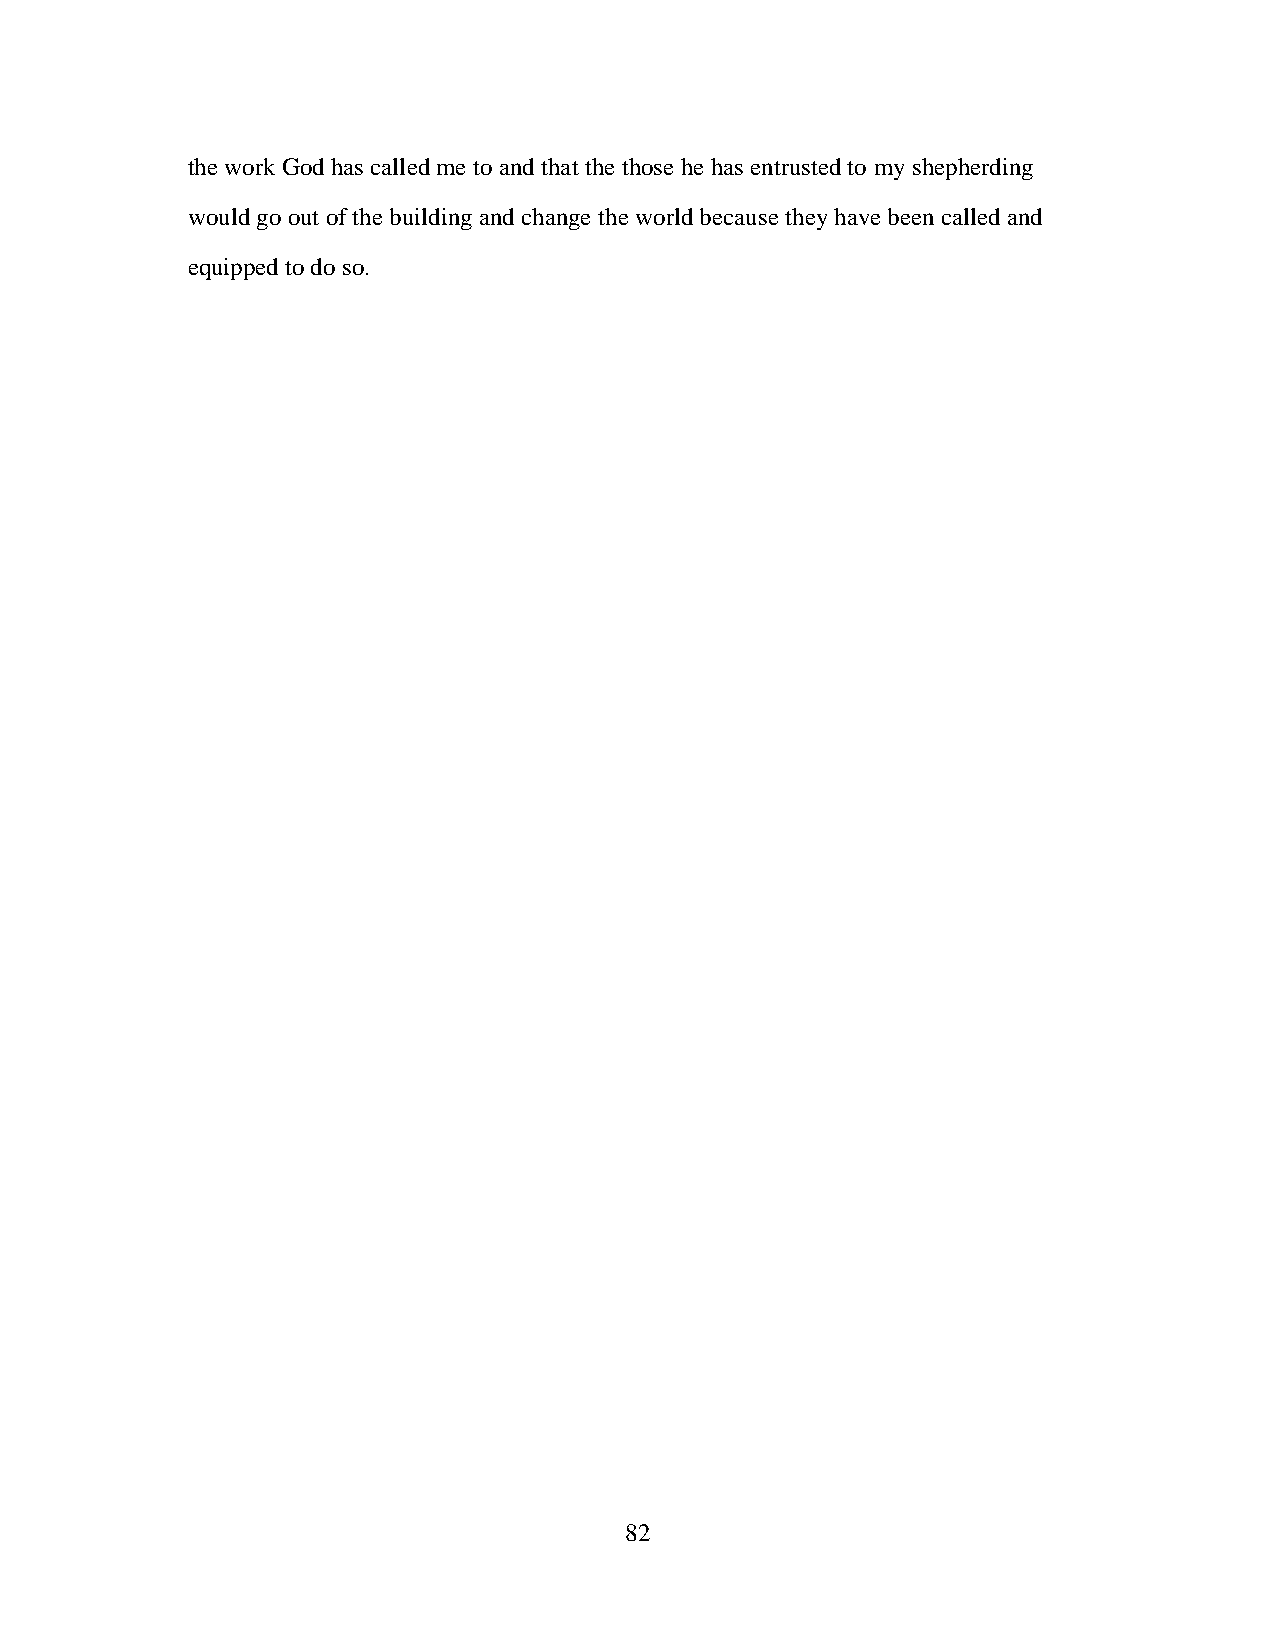
the work God has called me to and that the those he has entrusted to my shepherding
 would go out of the building and change the world because they have been called and
 equipped to do so.
 82